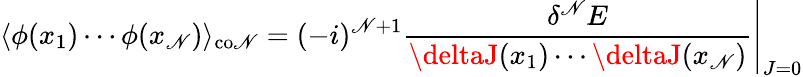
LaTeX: \langle\phi(x_{1})\cdots\phi(x_{\mathscr{N}})\rangle_{\mathrm{{co\mathscr{N}}}}=(-i)^{\mathscr{N}+1}\left.{\frac{{\delta^{\mathscr{N}}E}}{{\deltaJ(x_{1})\cdots\deltaJ(x_{\mathscr{N}})}}}\right|_{J=0}